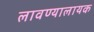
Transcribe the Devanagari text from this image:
लावण्यालायक